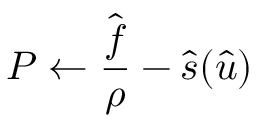
P \gets \frac { \hat { \boldsymbol f } } { \rho } - \hat { \boldsymbol s } ( \hat { \boldsymbol u } )